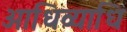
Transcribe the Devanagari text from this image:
आधिव्याधि